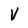
Character: V